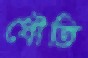
ধৌতি